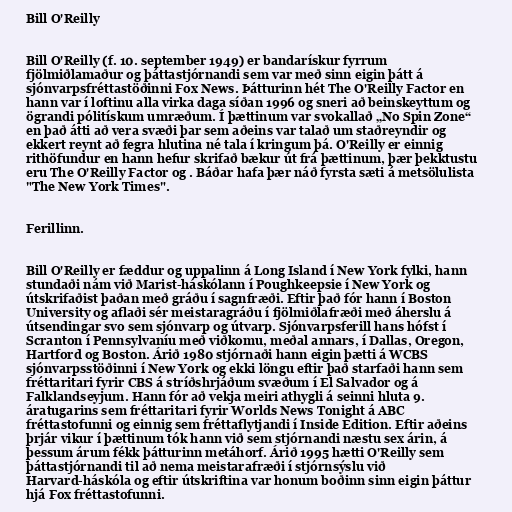
Bill O'Reilly

Bill O'Reilly (f. 10. september 1949) er bandarískur fyrrum
fjölmiðlamaður og þáttastjórnandi sem var með sinn eigin þátt á
sjónvarpsfréttastöðinni Fox News. Þátturinn hét The O'Reilly Factor en
hann var í loftinu alla virka daga síðan 1996 og sneri að beinskeyttum og
ögrandi pólitískum umræðum. Í þættinum var svokallað „No Spin Zone“
en það átti að vera svæði þar sem aðeins var talað um staðreyndir og
ekkert reynt að fegra hlutina né tala í kringum þá. O'Reilly er einnig
rithöfundur en hann hefur skrifað bækur út frá þættinum, þær þekktustu
eru The O'Reilly Factor og . Báðar hafa þær náð fyrsta sæti á metsölulista
"The New York Times".

Ferillinn.

Bill O'Reilly er fæddur og uppalinn á Long Island í New York fylki, hann
stundaði nám við Marist-háskólann í Poughkeepsie í New York og
útskrifaðist þaðan með gráðu í sagnfræði. Eftir það fór hann í Boston
University og aflaði sér meistaragráðu í fjölmiðlafræði með áherslu á
útsendingar svo sem sjónvarp og útvarp. Sjónvarpsferill hans hófst í
Scranton í Pennsylvaníu með viðkomu, meðal annars, í Dallas, Oregon,
Hartford og Boston. Árið 1980 stjórnaði hann eigin þætti á WCBS
sjónvarpsstöðinni í New York og ekki löngu eftir það starfaði hann sem
fréttaritari fyrir CBS á stríðshrjáðum svæðum í El Salvador og á
Falklandseyjum. Hann fór að vekja meiri athygli á seinni hluta 9.
áratugarins sem fréttaritari fyrir Worlds News Tonight á ABC
fréttastofunni og einnig sem fréttaflytjandi í Inside Edition. Eftir aðeins
þrjár vikur í þættinum tók hann við sem stjórnandi næstu sex árin, á
þessum árum fékk þátturinn metáhorf. Árið 1995 hætti O'Reilly sem
þáttastjórnandi til að nema meistarafræði í stjórnsýslu við
Harvard-háskóla og eftir útskriftina var honum boðinn sinn eigin þáttur
hjá Fox fréttastofunni.